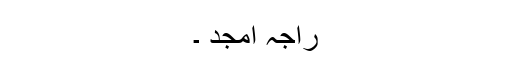
راجہ امجد ۔